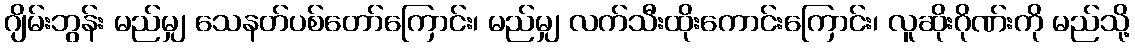
ဂျိမ်းဘွန်း မည်မျှ သေနတ်ပစ်တော်ကြောင်း၊ မည်မျှ လက်သီးထိုးကောင်းကြောင်း၊ လူဆိုးဂိုဏ်းကို မည်သို့